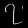
Digit: ၇